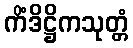
ကိံဒိဋ္ဌိကသုတ္တံ